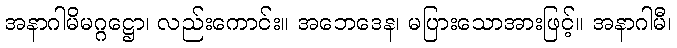
အနာဂါမိမဂ္ဂဋ္ဌော၊ လည်းကောင်း။ အဘေဒေန၊ မပြားသောအားဖြင့်။ အနာဂါမီ၊